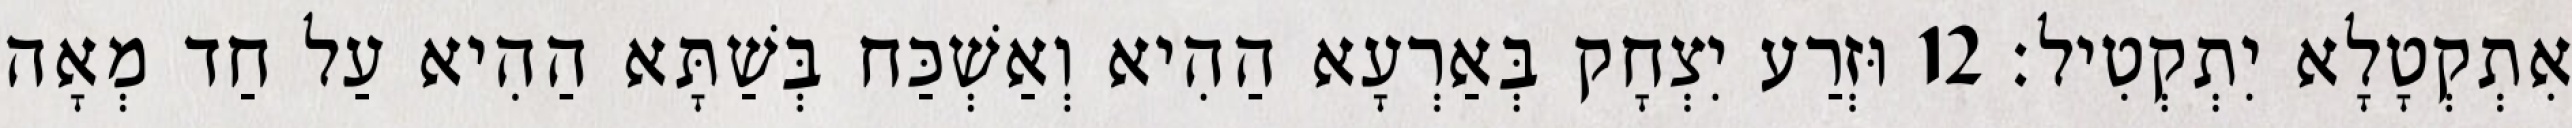
אִתְקְטָלָא יִתְקְטִיל׃ 12 וּזְרַע יִצְחָק בְּאַרְעָא הַהִיא וְאַשְׁכַּח בְּשַׁתָּא הַהִיא עַל חַד מְאָה